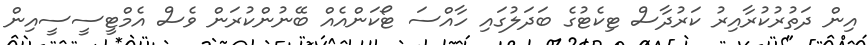
އިން ދަތުރުކުރާއިރު ކަރުދާސް ޓިކެޓުގެ ބަދަލުގައި ހާއްސަ ޓޯކަންއެއް ބޭނުންކުރަން ވެސް އެމްޓީސީސީއިން